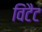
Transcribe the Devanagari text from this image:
विंटैट